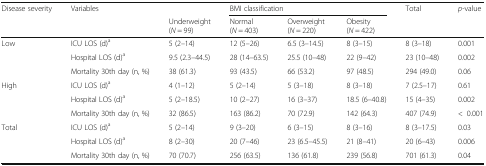
| <ROWSPAN=2> Disease severity | <ROWSPAN=2> Variables |  | <COLSPAN=3> BMI classification | <ROWSPAN=2> Total | <ROWSPAN=2> p-value |
 | Underweight(N = 99) | Normal(N = 403) | Overweight(N = 220) | Obesity(N = 422) |
 | --- | --- | --- | --- | --- | --- | --- | --- |
 | <ROWSPAN=3> Low | ICU LOS (d)a | 5 (2–14) | 12 (5–26) | 6.5 (3–14.5) | 8 (3–15) | 8 (3–18) | 0.001 |
 | Hospital LOS (d)a | 9.5 (2.3–44.5) | 28 (14–63.5) | 25.5 (10–48) | 22 (9–42) | 23 (10–48) | 0.002 |
 | Mortality 30th day (n, %) | 38 (61.3) | 93 (43.5) | 66 (53.2) | 97 (48.5) | 294 (49.0) | 0.06 |
 | <ROWSPAN=3> High | ICU LOS (d)a | 4 (1–12) | 5 (2–14) | 5 (3–18) | 8 (3–18) | 7 (2.5–17) | 0.61 |
 | Hospital LOS (d)a | 5 (2–18.5) | 10 (2–27) | 16 (3–37) | 18.5 (6–40.8) | 15 (4–35) | 0.002 |
 | Mortality 30th day (n, %) | 32 (86.5) | 163 (86.2) | 70 (72.9) | 142 (64.3) | 407 (74.9) | <0.001 |
 | <ROWSPAN=3> Total | ICU LOS (d)a | 5 (2–14) | 9 (3–20) | 6 (3–15) | 8 (3–16) | 8 (3–17.5) | 0.03 |
 | Hospital LOS (d)a | 8 (2–30) | 20 (7–46) | 23 (6.5–45.5) | 21 (8–41) | 20 (6–43) | 0.006 |
 | Mortality 30th day (n, %) | 70 (70.7) | 256 (63.5) | 136 (61.8) | 239 (56.8) | 701 (61.3) | 0.04 |